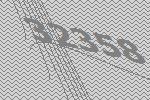
32358